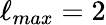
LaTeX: \ell_{max}=2